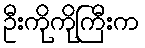
ဦးကိုကိုကြီးက